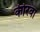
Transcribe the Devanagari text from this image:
कीरवा